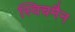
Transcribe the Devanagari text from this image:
स्विचमैन